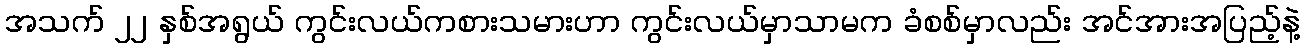
အသက် ၂၂ နှစ်အရွယ် ကွင်းလယ်ကစားသမားဟာ ကွင်းလယ်မှာသာမက ခံစစ်မှာလည်း အင်အားအပြည့်နဲ့